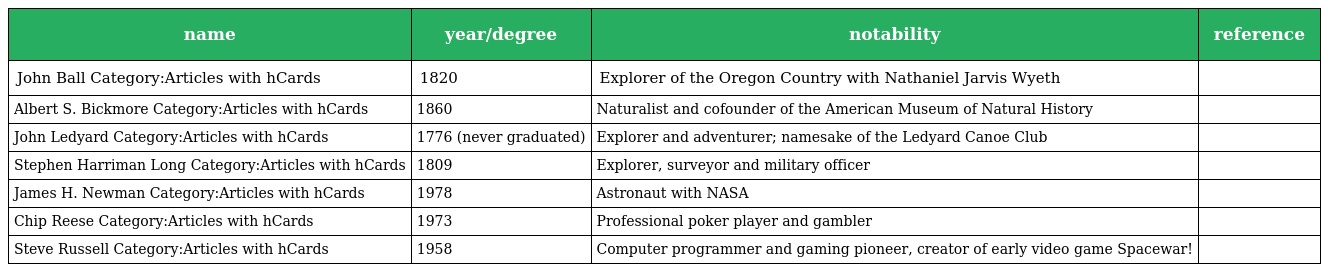
| name | year/degree | notability | reference |
 | --- | --- | --- | --- |
 | John Ball Category:Articles with hCards | 1820 | Explorer of the Oregon Country with Nathaniel Jarvis Wyeth |  |
 | Albert S. Bickmore Category:Articles with hCards | 1860 | Naturalist and cofounder of the American Museum of Natural History |  |
 | John Ledyard Category:Articles with hCards | 1776 (never graduated) | Explorer and adventurer; namesake of the Ledyard Canoe Club |  |
 | Stephen Harriman Long Category:Articles with hCards | 1809 | Explorer, surveyor and military officer |  |
 | James H. Newman Category:Articles with hCards | 1978 | Astronaut with NASA |  |
 | Chip Reese Category:Articles with hCards | 1973 | Professional poker player and gambler |  |
 | Steve Russell Category:Articles with hCards | 1958 | Computer programmer and gaming pioneer, creator of early video game Spacewar! |  |